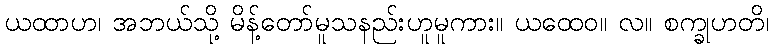
ယထာဟ၊ အဘယ်သို့ မိန့်တော်မူသနည်းဟူမူကား။ ယထေဝ။ လ။ စက္ခုဟတိ၊